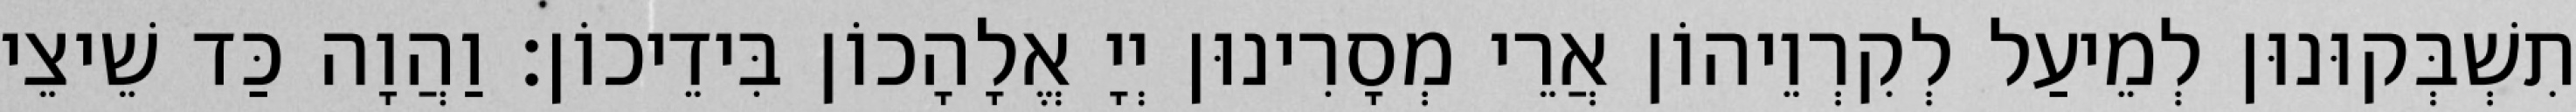
תִשְׁבְּקוּנוּן לְמֵיעַל לְקִרְוֵיהוֹן אֲרֵי מְסָרִינוּן יְיָ אֱלָהָכוֹן בִּידֵיכוֹן׃ וַהֲוָה כַּד שֵׁיצֵי